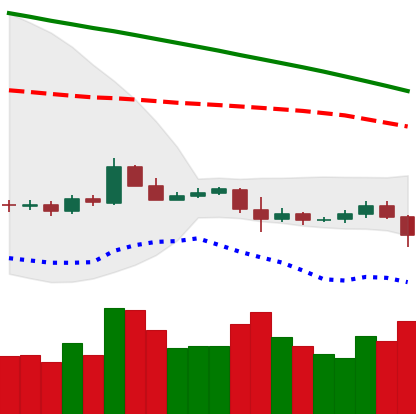
Ticker: ETC-USD
Chart end date: 2019-10-23
Forward return: 11.908%
Label: up_7plus